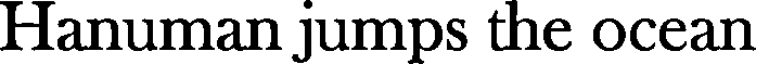
Hanuman jumps the ocean